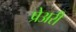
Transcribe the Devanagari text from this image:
प्रेअरी